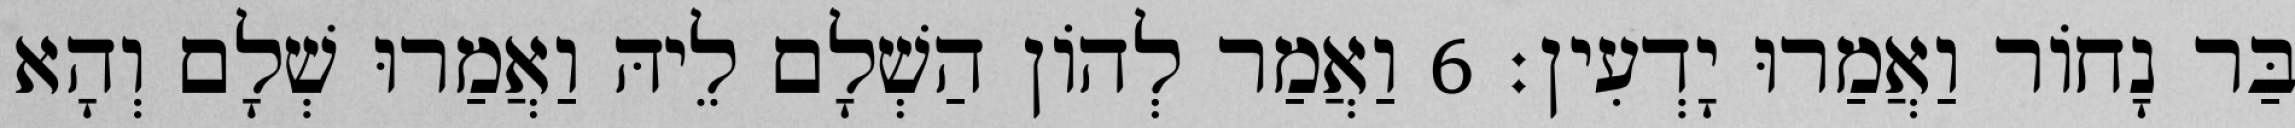
בַּר נָחוֹר וַאֲמַרוּ יָדְעִין׃ 6 וַאֲמַר לְהוֹן הַשְׁלָם לֵיהּ וַאֲמַרוּ שְׁלָם וְהָא